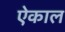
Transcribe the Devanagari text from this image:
ऐकाल